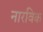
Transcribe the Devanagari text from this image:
नारविक